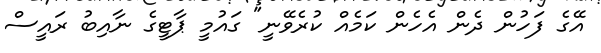
އޭގެ ފަހުން ދެން އެހެން ކަމެއް ކުރެވޭނީ" ގައުމީ ޕާޓީގެ ނާއިބު ރައީސް